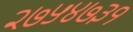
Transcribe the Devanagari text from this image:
२७५४७३१